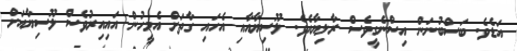
އަޑެވެ. ބަސްބުނަން އިސްނެގީވެސް ރާލިޔާއެވެ. ލޫސިޔާއާއި އެހައި ގާތަށް އެމީހުން އައިއިރުވެސް ލޫސިޔާއަށް